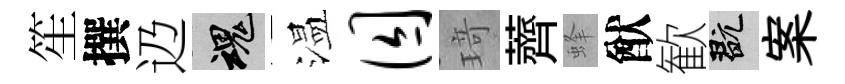
笙撰辸魂温囚𤦺薺蜂猷歓玩案